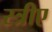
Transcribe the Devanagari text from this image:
स्त्रीए